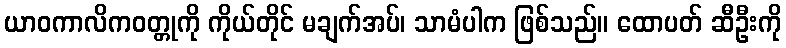
ယာဝကာလိကဝတ္တုကို ကိုယ်တိုင် မချက်အပ်၊ သာမံပါက ဖြစ်သည်။ ထောပတ် ဆီဦးကို